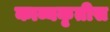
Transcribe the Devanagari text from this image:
काव्यकृतीस